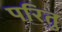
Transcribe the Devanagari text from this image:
परितु